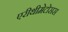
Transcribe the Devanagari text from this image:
एरीथीमेटोसस